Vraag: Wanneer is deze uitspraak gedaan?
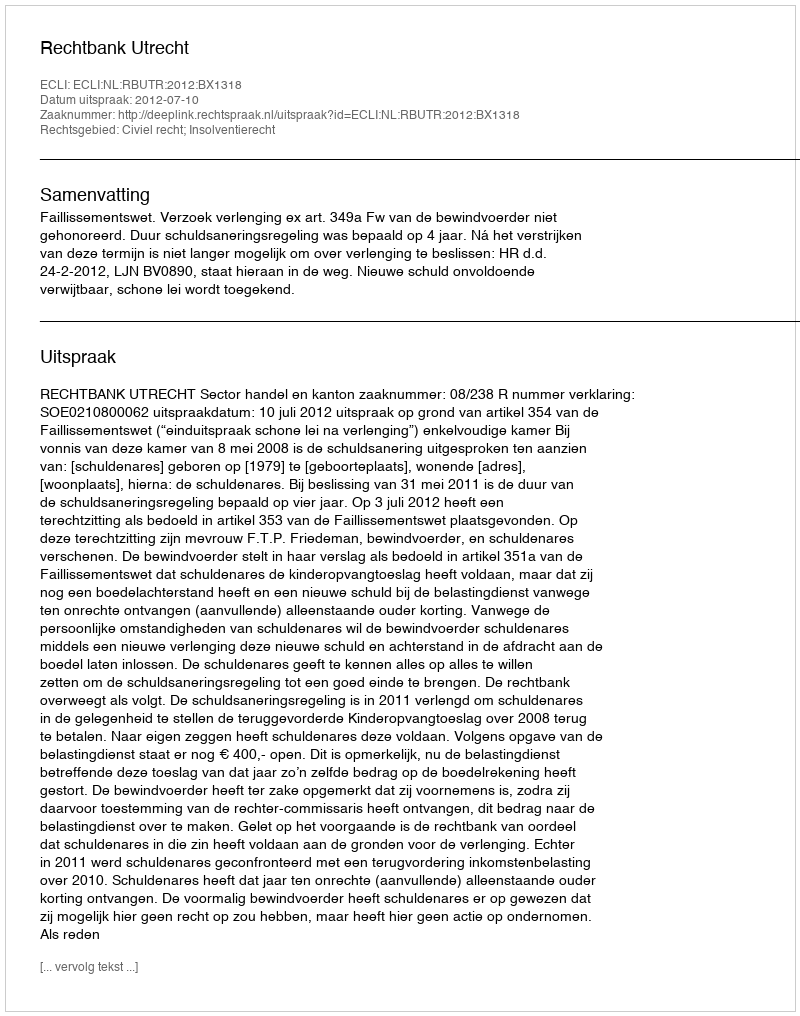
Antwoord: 2012-07-10